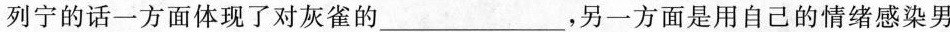
列宁的话一方面体现了对灰雀的_____，另一方面是用自己的情绪感染男